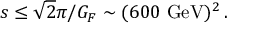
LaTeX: s \leq \sqrt 2 \pi / G _ { F } \sim ( 6 0 0 ~ \mathrm { G e V } ) ^ { 2 } \, .